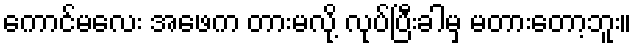
ကောင်မလေး အဖေက တားမလို့ လုပ်ပြီးခါမှ မတားတော့ဘူး။